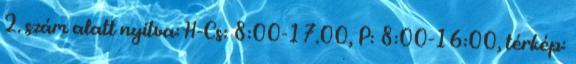
2. szám alatt nyitva: H-Cs: 8:00-17.00, P: 8:00-16:00, térkép: